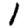
Digit: 1